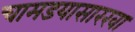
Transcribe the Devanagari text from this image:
चामडयासारखा